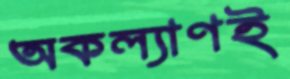
অকল্যাণই